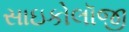
સાઇકોલૉજી